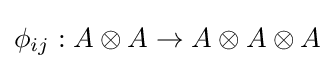
\phi _{ij}:A\otimes A\to A\otimes A\otimes A